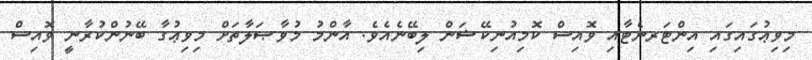
މިވިޢުގައިގައި އިންޓަރނެޓާއި ވޮއިސް ކޮމިއުނިކޭޝަން ލިބޭނެއެވެ. އާންމު މުވާޞަލާތަށް މިވިޢުގާ ބޭނުންކުރާނީ ވޮއިސް